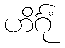
ဟိင်္ဂုံ